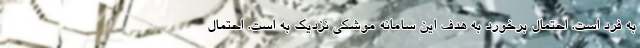
به فرد است. احتمال برخورد به هدف این سامانه موشکی نزدیک به است. احتمال